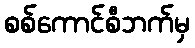
စစ်ကောင်စီဘက်မှ